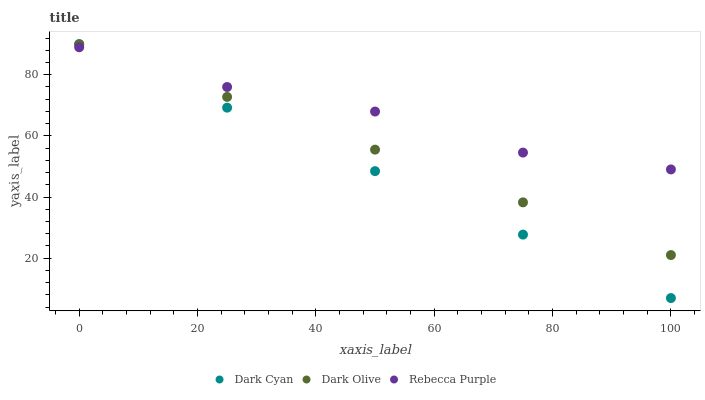
| xaxis_label | Dark Cyan | Dark Olive | Rebecca Purple |
 | --- | --- | --- | --- |
 | 0 | 90 | 90 | 89 |
 | 25 | 69.2 | 72.8 | 76 |
 | 50 | 48.5 | 55.5 | 68 |
 | 75 | 27.7 | 38.3 | 54.5 |
 | 100 | 6.94 | 21 | 49 |